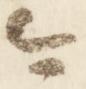
今